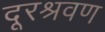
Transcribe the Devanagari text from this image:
दूरश्रवण